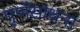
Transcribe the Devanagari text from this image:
पूर्णसाधना